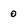
Character: 0